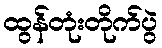
ထွန်တုံးတိုက်ပွဲ